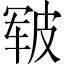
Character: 皲